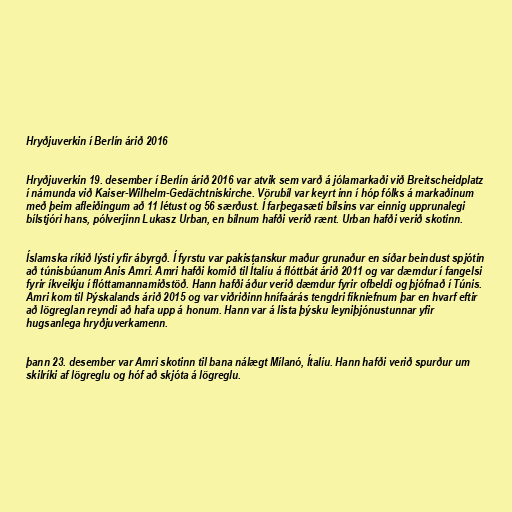
Hryðjuverkin í Berlín árið 2016

Hryðjuverkin 19. desember í Berlín árið 2016 var atvik sem varð á jólamarkaði við Breitscheidplatz
í námunda við Kaiser-Wilhelm-Gedächtniskirche. Vörubíl var keyrt inn í hóp fólks á markaðinum
með þeim afleiðingum að 11 létust og 56 særðust. Í farþegasæti bílsins var einnig upprunalegi
bílstjóri hans, pólverjinn Lukasz Urban, en bílnum hafði verið rænt. Urban hafði verið skotinn.

Íslamska ríkið lýsti yfir ábyrgð. Í fyrstu var pakistanskur maður grunaður en síðar beindust spjótin
að túnisbúanum Anis Amri. Amri hafði komið til Ítalíu á flóttbát árið 2011 og var dæmdur í fangelsi
fyrir íkveikju í flóttamannamiðstöð. Hann hafði áður verið dæmdur fyrir ofbeldi og þjófnað í Túnis.
Amri kom til Þýskalands árið 2015 og var viðriðinn hnífaárás tengdri fíkniefnum þar en hvarf eftir
að lögreglan reyndi að hafa upp á honum. Hann var á lista þýsku leyniþjónustunnar yfir
hugsanlega hryðjuverkamenn.

þann 23. desember var Amri skotinn til bana nálægt Mílanó, Ítalíu. Hann hafði verið spurður um
skilríki af lögreglu og hóf að skjóta á lögreglu.